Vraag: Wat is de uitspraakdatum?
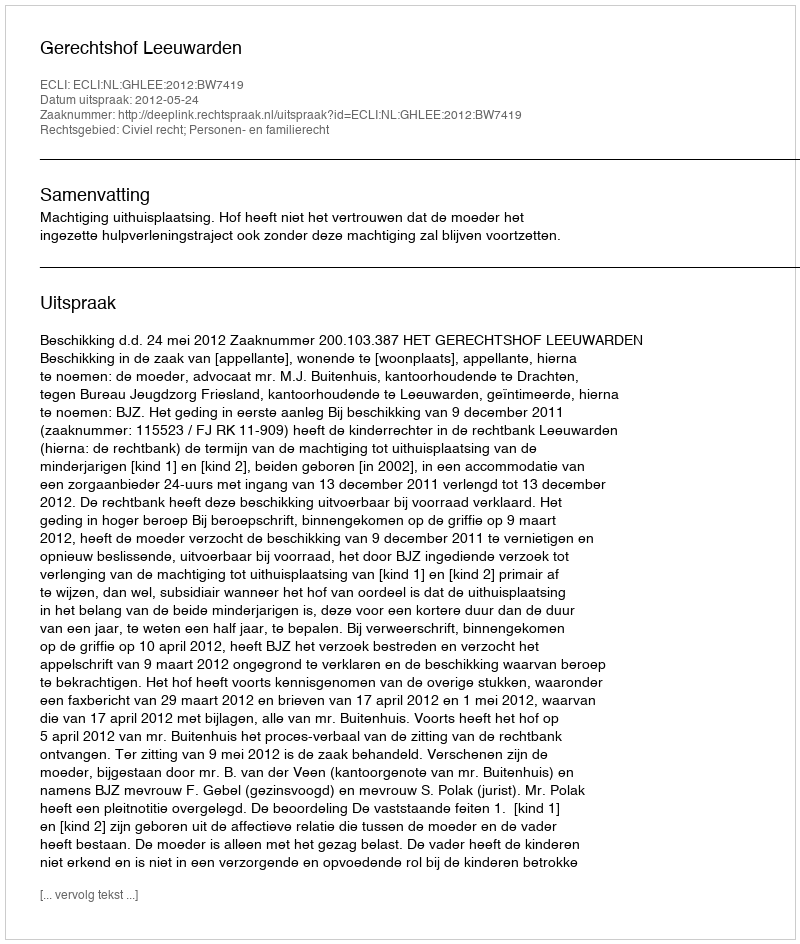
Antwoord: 2012-05-24